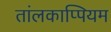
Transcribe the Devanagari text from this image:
तांलकाप्पियम